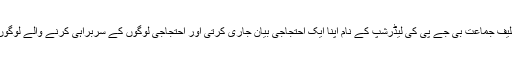
لیکن کیا ہی بہتر ہوتا کہ اِس ریلی کے تئیں محبوبہ مفتی اپنی حلیف جماعت بی جے پی کی لیڈرشپ کے نام اپنا ایک احتجاجی بیان جاری کرتی اور احتجاجی لوگوں کے سربراہی کرنے والے لوگوں کے خلاف فرقہ وارانہ منافرت پھیلانے کا کیس درج کرالیتی۔